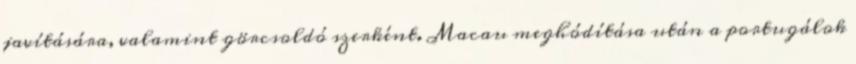
javítására, valamint görcsoldó szerként. Macau meghódítása után a portugálok